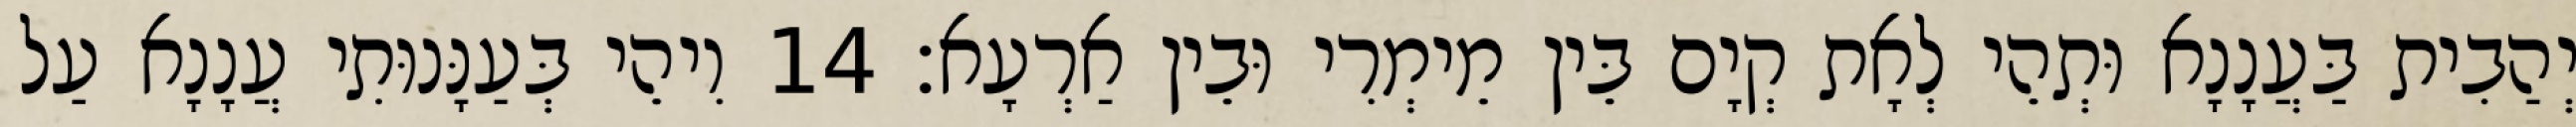
יְהַבִית בַּעֲנָנָא וּתְהֵי לְאָת קְיָם בֵּין מֵימְרִי וּבֵין אַרְעָא׃ 14 וִיהֵי בְּעַנָּנוּתִי עֲנָנָא עַל